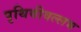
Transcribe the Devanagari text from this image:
पृथिवीवल्लभ